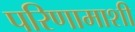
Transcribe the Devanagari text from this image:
परिणामाशी